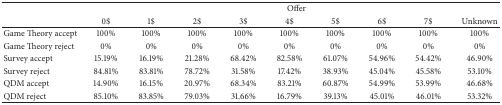
|  | <COLSPAN=9> Offer |
 |  | 0$ | 1$ | 2$ | 3$ | 4$ | 5$ | 6$ | 7$ | Unknown |
 | --- | --- | --- | --- | --- | --- | --- | --- | --- | --- |
 | Game Theory accept | 100% | 100% | 100% | 100% | 100% | 100% | 100% | 100% | 100% |
 | Game Theory reject | 0% | 0% | 0% | 0% | 0% | 0% | 0% | 0% | 0% |
 | Survey accept | 15.19% | 16.19% | 21.28% | 68.42% | 82.58% | 61.07% | 54.96% | 54.42% | 46.90% |
 | Survey reject | 84.81% | 83.81% | 78.72% | 31.58% | 17.42% | 38.93% | 45.04% | 45.58% | 53.10% |
 | QDM accept | 14.90% | 16.15% | 20.97% | 68.34% | 83.21% | 60.87% | 54.99% | 53.99% | 46.68% |
 | QDM reject | 85.10% | 83.85% | 79.03% | 31.66% | 16.79% | 39.13% | 45.01% | 46.01% | 53.32% |